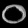
Digit: ၀